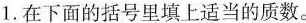
1.在下面的括号里填上适当的质数。